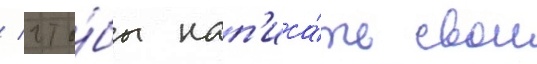
/ что́бы нап'иса́ть свои